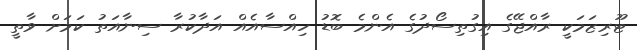
ޓޫރިޒަމަކީ ރާއްޖޭގެ އިގުތިސޯދުގެ އެންމެ ބޮޑު ހިއްސާއެއް އަދާކުރާ ސިނާއަތު ކަމަށް ވާތީ